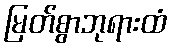
မြတ်စွာဘုရားထံ